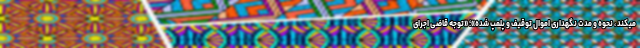
میکند ، نحوه و مدت نگهداری اموال توقیف و پلمپ شده»؛ «توجه قاضی اجرای